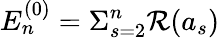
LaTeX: E_{n}^{(0)}=\Sigma_{s=2}^{n}\mathcal{R}(a_{s})